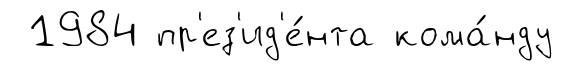
1984 пр'ез'ид'е́нта кома́нду